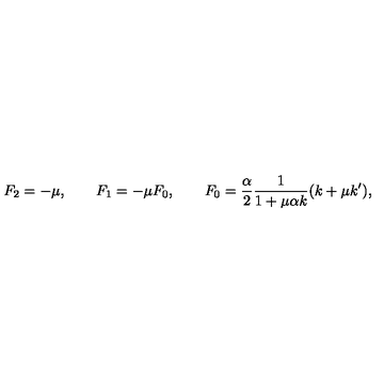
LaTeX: F _ { 2 } = - \mu , \qquad F _ { 1 } = - \mu F _ { 0 } , \qquad F _ { 0 } = \frac { \alpha } { 2 } \frac { 1 } { 1 + \mu \alpha k } ( k + \mu k ^ { \prime } ) ,